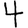
Digit: 4